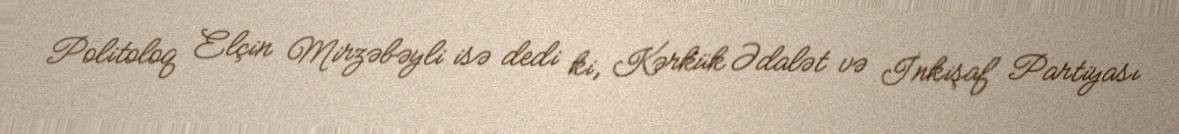
Politoloq Elçin Mirzəbəyli isə dedi ki, Kərkük Ədalət və İnkişaf Partiyası